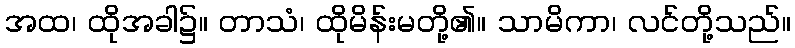
အထ၊ ထိုအခါ၌။ တာသံ၊ ထိုမိန်းမတို့၏။ သာမိကာ၊ လင်တို့သည်။